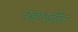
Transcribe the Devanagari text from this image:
धडधडीत